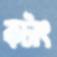
কটাৎ